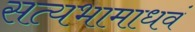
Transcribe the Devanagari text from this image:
सत्यभामाधवं